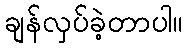
ချန်လှပ်ခဲ့တာပါ။